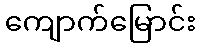
ကျောက်မြောင်း